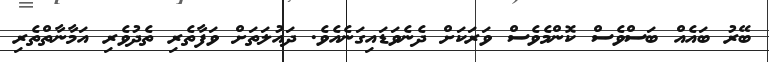
ބޭރު ބައެއް ބަސްވެސް ކޮންމެވެސް ވަރަކަށް ދެނެވަޑައިގަނެއެވެ. ދައުލަތަށް ވަފާތެރި ތެދުވެރި އަމާނާތްތެރި